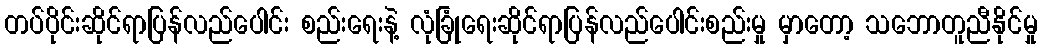
တပ်ပိုင်းဆိုင်ရာပြန်လည်ပေါင်း စည်းရေးနဲ့ လုံခြုံရေးဆိုင်ရာပြန်လည်ပေါင်းစည်းမှု မှာတော့ သဘောတူညီနိုင်မှု